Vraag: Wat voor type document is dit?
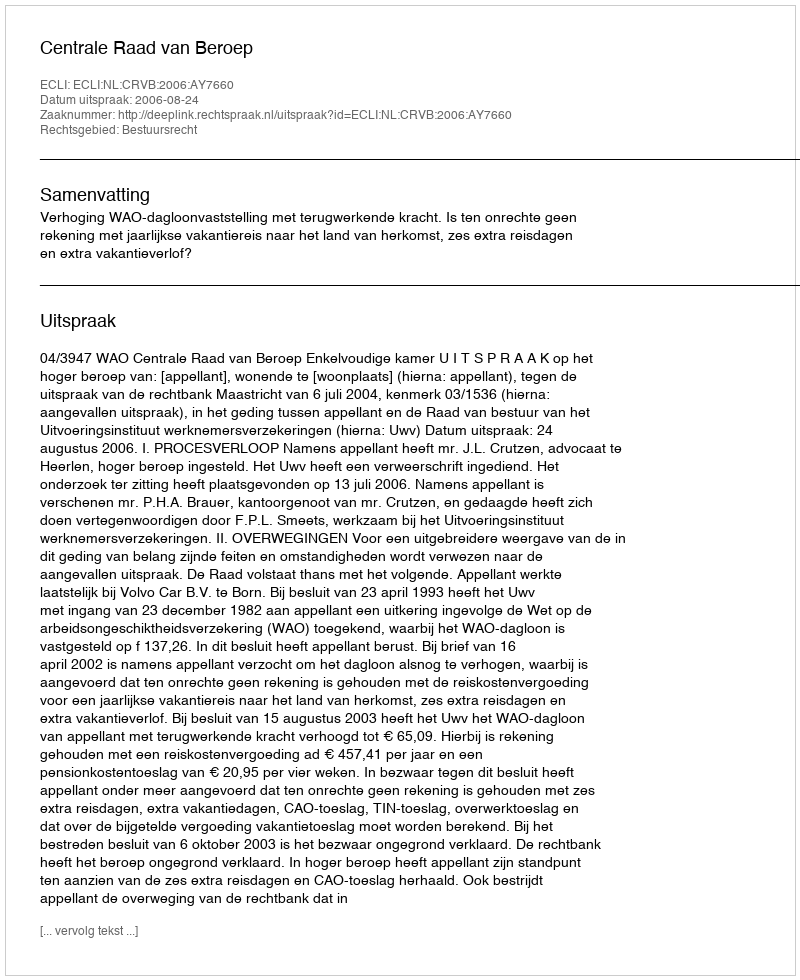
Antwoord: Uitspraak